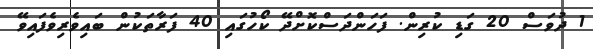
1 ދުވަސް 20 ގަޑި ކުރިން. ފަހަންދަސްކޮށްދޭ ކޯހުގައި 40 ފަރާތަކުން ބައިވެރިވެފައިވޭ